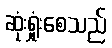
ဆုံးရှုံးစေသည်